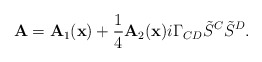
\begin{align*}{\bf A}={\bf A}_1({\bf x})+{1\over4}{\bf A}_2({\bf x})i\Gamma_{CD}{\tilde S}^C{\tilde S}^D.\end{align*}